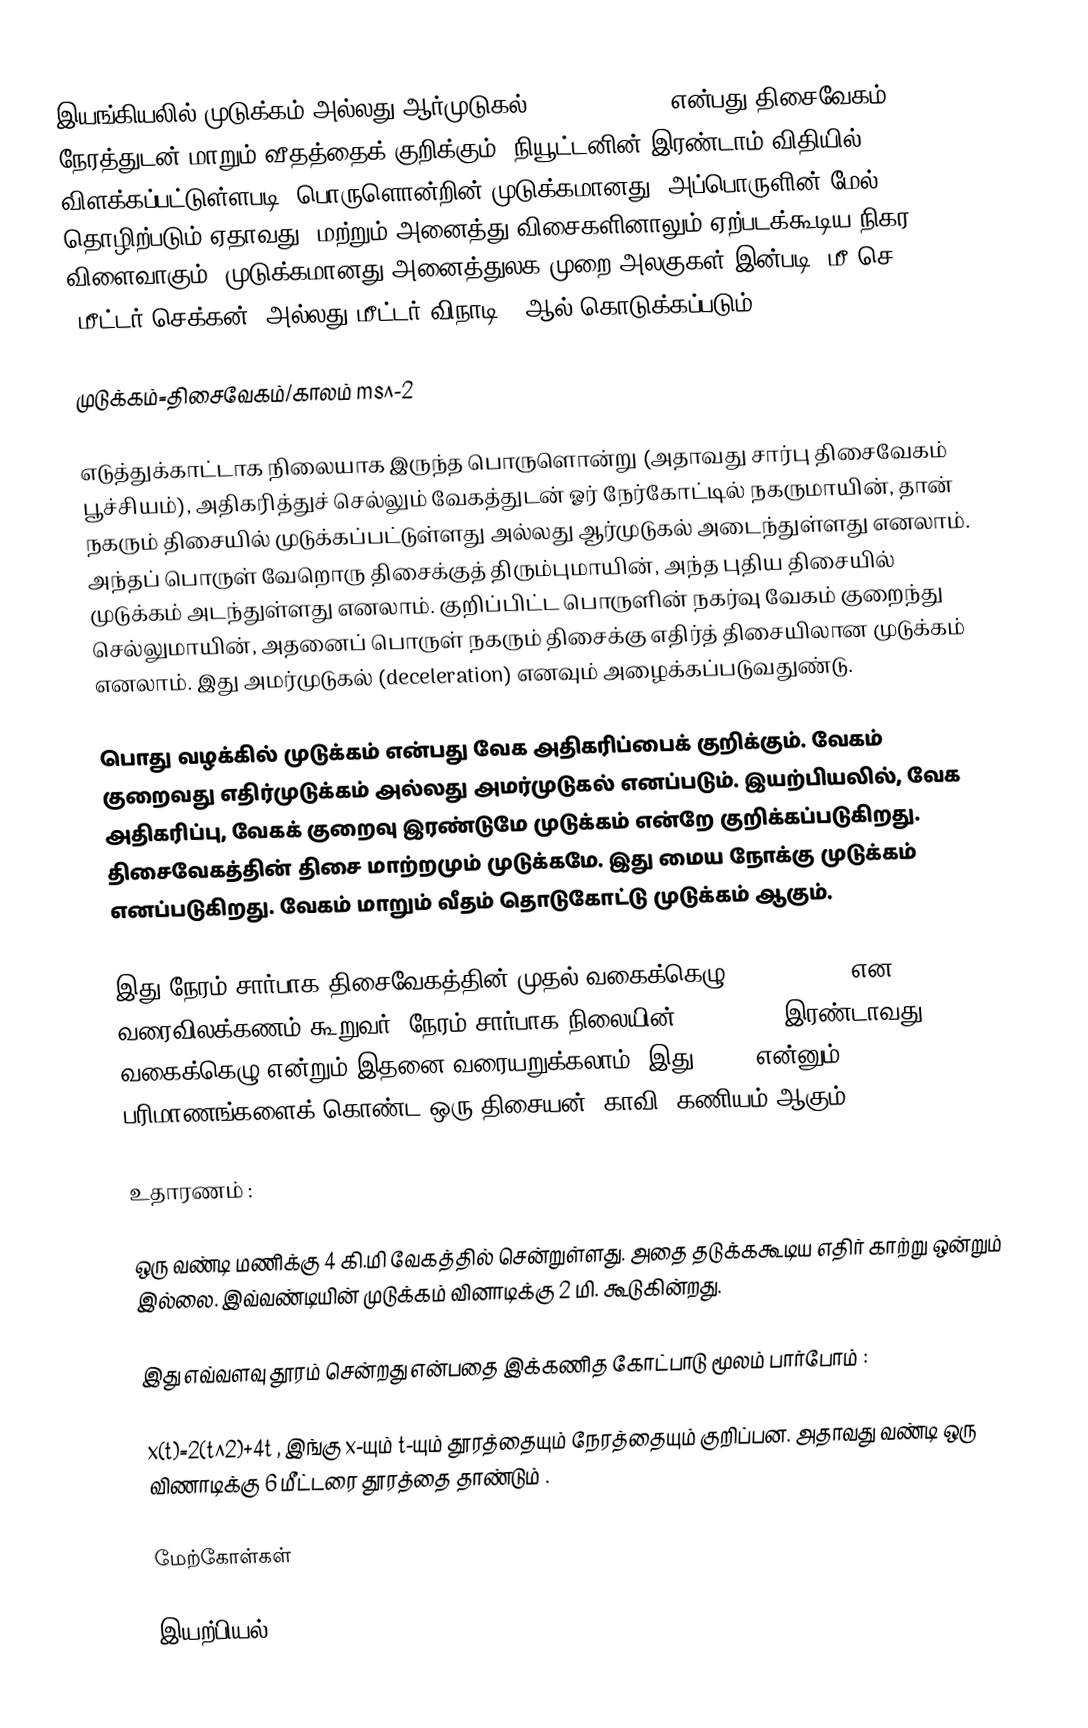
இயங்கியலில் முடுக்கம் அல்லது ஆர்முடுகல் (acceleration) என்பது திசைவேகம் நேரத்துடன் மாறும் வீதத்தைக் குறிக்கும். நியூட்டனின் இரண்டாம் விதியில் விளக்கப்பட்டுள்ளபடி, பொருளொன்றின் முடுக்கமானது, அப்பொருளின் மேல் தொழிற்படும் ஏதாவது, மற்றும் அனைத்து விசைகளினாலும் ஏற்படக்கூடிய நிகர விளைவாகும். முடுக்கமானது அனைத்துலக முறை அலகுகள் இன்படி, மீ/செ2 (மீட்டர்/செக்கன்2 அல்லது மீட்டர்/விநாடி2) ஆல் கொடுக்கப்படும்.

முடுக்கம்=திசைவேகம்/காலம்  ms^-2

எடுத்துக்காட்டாக நிலையாக இருந்த பொருளொன்று (அதாவது சார்பு திசைவேகம் பூச்சியம்), அதிகரித்துச் செல்லும் வேகத்துடன் ஓர் நேர்கோட்டில் நகருமாயின், தான் நகரும் திசையில் முடுக்கப்பட்டுள்ளது அல்லது ஆர்முடுகல் அடைந்துள்ளது எனலாம். அந்தப் பொருள் வேறொரு திசைக்குத் திரும்புமாயின், அந்த புதிய திசையில் முடுக்கம் அடந்துள்ளது எனலாம். குறிப்பிட்ட பொருளின் நகர்வு வேகம் குறைந்து செல்லுமாயின், அதனைப் பொருள் நகரும் திசைக்கு எதிர்த் திசையிலான முடுக்கம் எனலாம். இது அமர்முடுகல் (deceleration) எனவும் அழைக்கப்படுவதுண்டு.

பொது வழக்கில் முடுக்கம் என்பது வேக அதிகரிப்பைக் குறிக்கும். வேகம் குறைவது எதிர்முடுக்கம் அல்லது அமர்முடுகல் எனப்படும். இயற்பியலில், வேக அதிகரிப்பு, வேகக் குறைவு இரண்டுமே முடுக்கம் என்றே குறிக்கப்படுகிறது. திசைவேகத்தின் திசை மாற்றமும் முடுக்கமே. இது மைய நோக்கு முடுக்கம் எனப்படுகிறது. வேகம் மாறும் வீதம் தொடுகோட்டு முடுக்கம் ஆகும்.

இது நேரம் சார்பாக திசைவேகத்தின் முதல் வகைக்கெழு (derivative) என வரைவிலக்கணம் கூறுவர். நேரம் சார்பாக நிலையின் (position) இரண்டாவது வகைக்கெழு என்றும் இதனை வரையறுக்கலாம். இது L T−2 என்னும் பரிமாணங்களைக் கொண்ட ஒரு திசையன் (காவி) கணியம் ஆகும்.

உதாரணம் :

ஒரு வண்டி மணிக்கு 4 கி.மி வேகத்தில் சென்றுள்ளது. அதை தடுக்ககூடிய எதிர் காற்று ஒன்றும் இல்லை. இவ்வண்டியின் முடுக்கம் வினாடிக்கு 2 மி. கூடுகின்றது.

இது எவ்வளவு தூரம் சென்றது என்பதை இக்கணித கோட்பாடு மூலம் பார்போம் :

x(t)=2(t^2)+4t ,  இங்கு x-யும் t-யும் தூரத்தையும் நேரத்தையும் குறிப்பன. அதாவது வண்டி ஒரு விணாடிக்கு 6 மீட்டரை தூரத்தை தாண்டும் .

மேற்கோள்கள்

இயற்பியல்